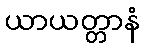
ယာယတ္တာနံ